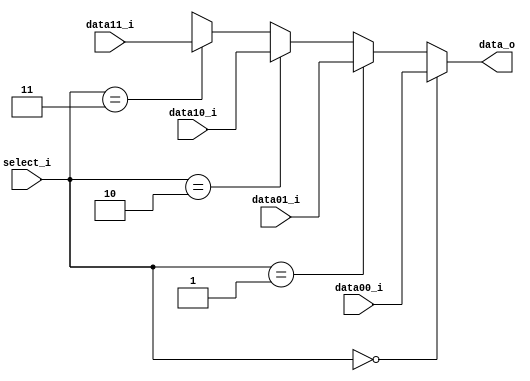
module MUX4(data00_i, data01_i, data10_i, data11_i, select_i, data_o);
input  [31:0] data00_i, data01_i, data10_i, data11_i;
input  [1:0]  select_i;
output [31:0] data_o;

assign data_o = (select_i == 2'b00)? data00_i :
                (select_i == 2'b01)? data01_i :
                (select_i == 2'b10)? data10_i :
                (select_i == 2'b11)? data11_i : 32'bx;
endmodule